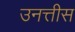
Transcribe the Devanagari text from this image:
उनत्तीस